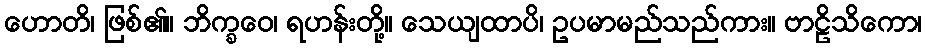
ဟောတိ၊ ဖြစ်၏။ ဘိက္ခဝေ၊ ရဟန်းတို့။ သေယျထာပိ၊ ဥပမာမည်သည်ကား။ ဗာဠိသိကော၊